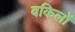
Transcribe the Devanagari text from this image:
वकिलों